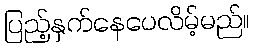
ပြည့်နှက်နေပေလိမ့်မည်။